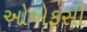
ઓએફસી